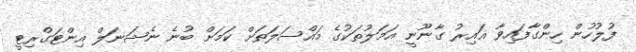
ފުލުހުން ހިންގާފައިވާ ޣައިރު ގާނޫނީ އަމަލުތަކުގެ މައްސަލަތަށް ކަމަށް ބުނެ ނެޝަނަލް އިންޓަގްރިޓީ